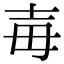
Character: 毐